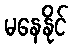
မနေနိုင်